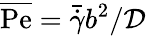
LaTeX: \overline{\mathrm{Pe}}=\bar{\dot{\gamma}}b^{2}/{\cal D}